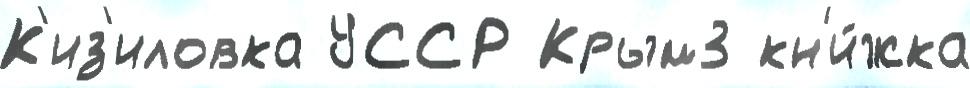
К'из'иловка УССР Крым3 кн'и́жка